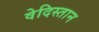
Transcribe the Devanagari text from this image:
वेदिस्तान